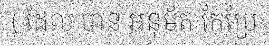
( ដែល បាន អនុម័ត កែប្រែ